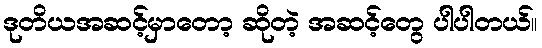
ဒုတိယအဆင့်မှာတော့ ဆိုတဲ့ အဆင့်တွေ ပါပါတယ်။